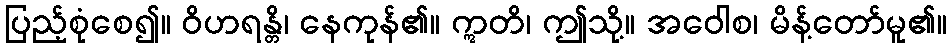
ပြည့်စုံစေ၍။ ဝိဟရန္တိ၊ နေကုန်၏။ ဣတိ၊ ဤသို့။ အဝေါစ၊ မိန့်တော်မူ၏။